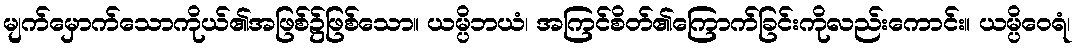
မျက်မှောက်သောကိုယ်၏အဖြစ်၌ဖြစ်သော။ ယမ္ပိဘယံ၊ အကြင်စိတ်၏ကြောက်ခြင်းကိုလည်းကောင်း။ ယမ္ပိဝေရံ၊